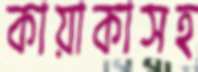
কায়াকাসহ